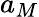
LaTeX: a_{M}